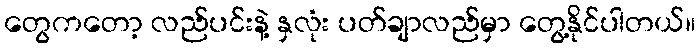
တွေကတော့ လည်ပင်းနဲ့ နှလုံး ပတ်ချာလည်မှာ တွေ့နိုင်ပါတယ်။